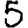
Digit: 5